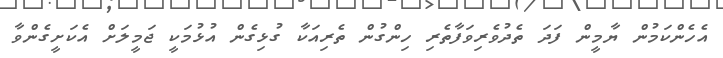
އެހެންކަމުން ޔާމީން ފަދަ ތެދުވެރިވަފާތެރި ހިންގުން ތެރިއަކާ ގުޅިގެން އުޅުމަކީ ޖަމީލަށް އެކަށީގެންވާ